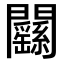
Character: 𨷱